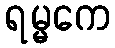
ရမ္မကေ